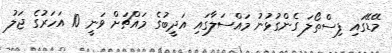
މޭޑޭގައި ފިސްތޯލަ ގެންގުޅުނު މައްސަލާގައި އަދީބުގެ މައްޗަށް ވަނީ 10 އަހަރުގެ ޖަލު